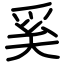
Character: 奚